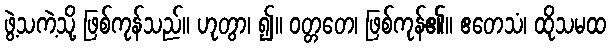
ဖွဲ့သကဲ့သို့ ဖြစ်ကုန်သည်။ ဟုတွာ၊ ၍။ ဝတ္တတေ၊ ဖြစ်ကုန်၏။ ဧတေသံ၊ ထိုသမထ